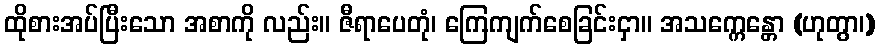
ထိုစားအပ်ပြီးသော အစာကို လည်း။ ဇီရာပေတုံ၊ ကြေကျက်စေခြင်းငှာ။ အသက္ကေန္တော (ဟုတွာ၊)